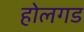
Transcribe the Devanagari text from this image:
होलगड